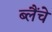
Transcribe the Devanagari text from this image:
ब्लैंचे